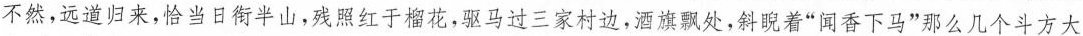
不然，远道归来，恰当日啣半山，残照红于榴花，驱马过三家村边，酒旗飘处，斜睨着“闻香下马”那么几个斗方大